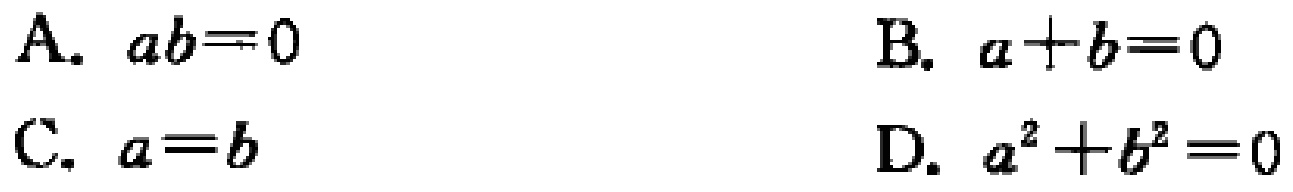
A. \(ab = 0\)
B. \(a + b = 0\)
C. \(a = b\)
D. \(a^{2}+b^{2}=0\)